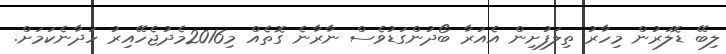
ލިބޭ ޑޮލަރުން މިހާރު ތިލަފުށިން އެއަރާ ބޯދުންގަޑުވެސް ނާރާނެ ގޮތެއް މި2016މެދުޖެހޭއިރު ހަދާނެކަމަށް.